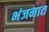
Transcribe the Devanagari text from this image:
भंजनात